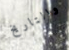
والتاريخ